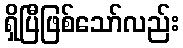
ရှိပြီဖြစ်သော်လည်း